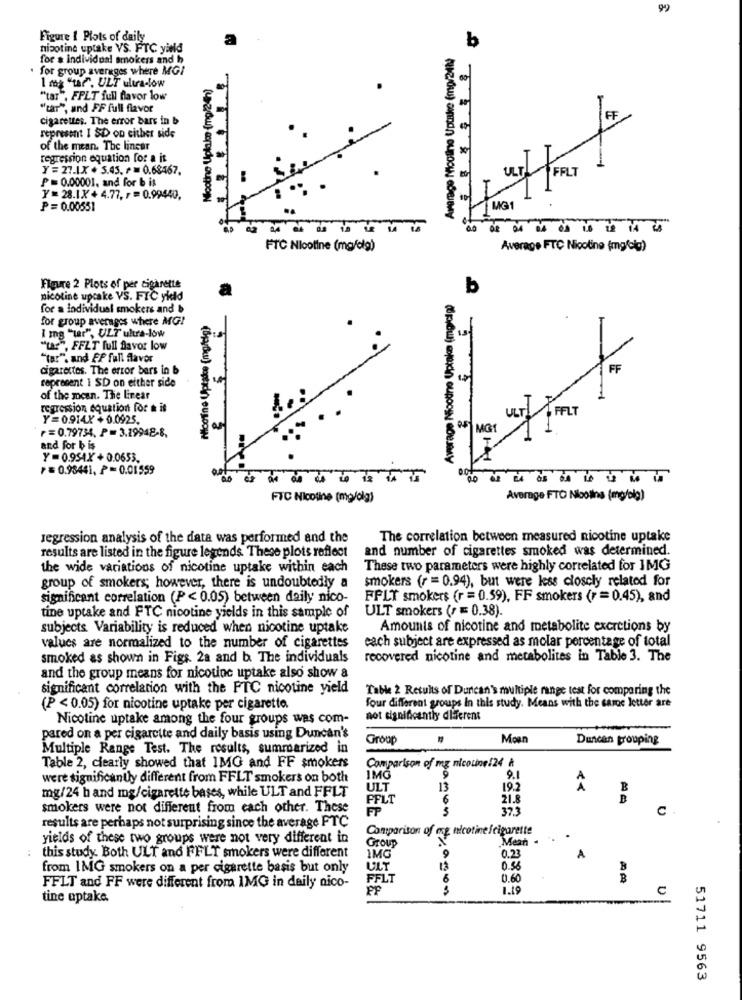
99
Figure I Plots of daily
a
nicotine uptake VS. FTC yield
Average Noolline Uptake (mp/241
b
for & individual smokers and h
. for group averages where MGI
1 mog "taf", ULT ultra-low
Nicotine Uplake (mg/24h)
"tar", FPLT full flavor low
"car", und FF full flavor
cigarettes. The error bars in b
F
represent I SD on either side
of the mean. The linear
regression equation for a it
Y= 27.1.X + 5.43. P = 0.68467.
P=0.00001, and for b is
Y= 28.1.X + 4.77. r = 0.99440,
P= 0.00551
MG1
FTC Nicotine (mg/dlg)
Average FTC Nicotine (mg/og)
Figure 2 Plots of per cigarette
b
nicoline upcake VS. FIC yield
for a individual smokers and b
for group averages where MG!
Nicotine Uptake (mg/elg)
I mg "war", ULT uhra-low
"tag", FFZT full favor low
"tar". and FF full flavor
cigarettes. The error bars in b
F
represent 1 SD on either side
of the mean. The Linear
1
regression equation for & is
Y=0.914.X +0.0925.
ULT FFLT
F = 0.79734, P = 3.19948-8.
and for b is
Y=0.954X +0.0653.
₱=0.98441, P=0.01559
FTC Nicotine (mg/olg)
Average FTO Nboths (mg/dlg)
regression analysis of the data was performed and the
The correlation between measured nicotine uptake
and number of cigarettes smoked was determined.
results are listed in the figure legends These plots reflect
the wide variations of nicotine uptake within each
These two parameters were highly correlated for IMG
smokers (r = 0.94), but were less closely related for
group of smokers; however, there is undoubtedly a
significant correlation (P< 0.05) between daily nico-
FFLT smokers (r = 0.59), FF smokers (r =0.45), and
tine uptake and FTC nicotine yields in this sample of
ULT smokers (r = 0.38).
subjects Variability is reduced when nicotine uptake
Amounts of nicotine and metabolite excretions by
cach subject are expressed as molar percentage of total
values are normalized to the number of cigarettes
smoked as shown in Figs. 2a and b. The individuals
recovered nicotine and metabolites in Table 3. The
and the group means for nicotine uptake also show a
significant correlation with the FTC nicotine yield
Table 2 Results of Duncan's multiple range test for comparing the
Four different groups In this study. Means with the same letter are
(P < 0.05) for nicotine uptake per cigarette
Nicotine uptake among the four groups was com-
not significantly different
pared on a per cigarette and daily basis using Duncan's
Group
Moan
Duncan trouping
Multiple Range Test. The results, summarized in
Table 2, clearly showed that 1MG and FF smokers
Comparison of my nicotine/24 h
were significantly different from FFLT smokers on both
9.
mg/24 h and mg/cigarette bases, while ULT and FFLT
ULT
13
19.2
B
FFLT
6
21.8
B
smokers were not different from each other. These
371
C
FP
results are perhaps not surprising since the average FTC
Comparison of mg nicotine /cigarette
yields of these two groups were not very different in
Mean .
Group
0.23
this study. Both ULT and FFLT smokers were different
MG
A
from IMG smokers on a per cigarette basis but only
ULT
13
0.56
FFLT
6
0.60
B
FFLT and FF were different from IMG in daily nico-
1.19
C
tine uptake
51711 9563